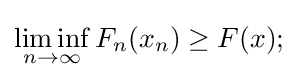
\liminf _{n\to \infty }F_{n}(x_{n})\geq F(x);